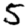
Digit: 5